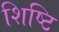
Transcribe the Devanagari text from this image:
शिष्टि